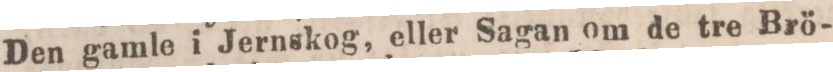
Den gamle i Jernskog, eller Sagan om de tre Brö-